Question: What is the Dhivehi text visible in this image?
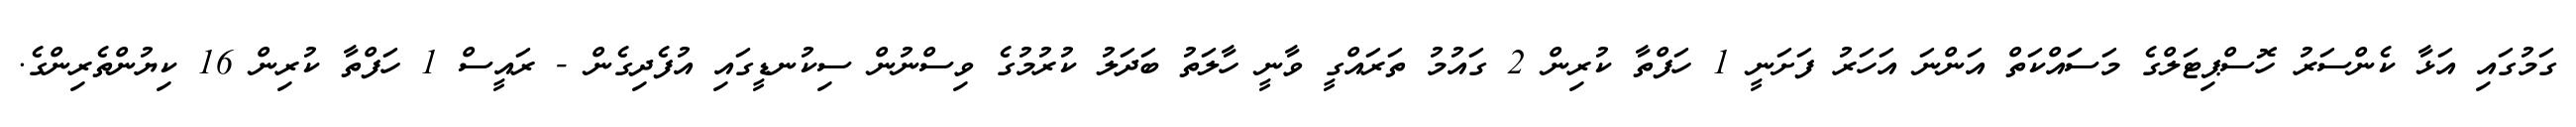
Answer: ގަމުގައި އަޅާ ކެންސަރު ހޮސްޕިޓަލްގެ މަސަައްކަތް އަންނަ އަހަރު ފަށަނީ 1 ހަފްތާ ކުރިން 2 ގައުމު ތަރައްގީ ވާނީ ހާލަތު ބަދަލު ކުރުމުގެ ވިސްނުން ސިކުނޑީގައި އުފެދިގެން - ރައީސް 1 ހަފްތާ ކުރިން 16 ކިޔުންތެރިންގެ.